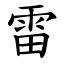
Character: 雷